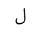
Letter: _lam